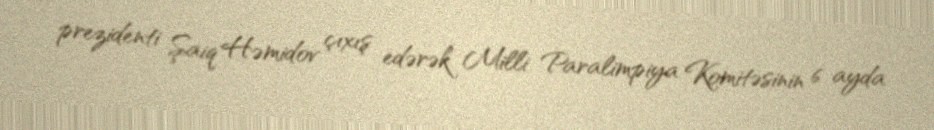
prezidenti Şaiq Həmidov çıxış edərək Milli Paralimpiya Komitəsinin 6 ayda